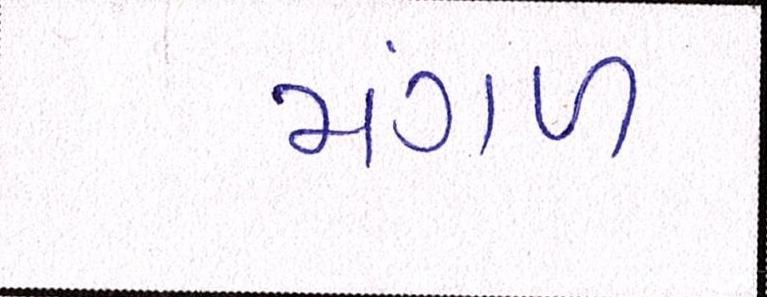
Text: મંગળ